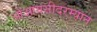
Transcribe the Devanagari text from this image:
ओआयसीदरम्यान